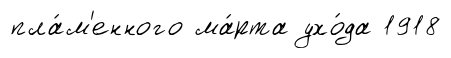
пла́м'енного ма́рта ухо́да 1918